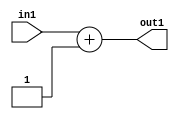
`timescale 1ps / 1ps
/*****************************************************************************
    Verilog RTL Description
    
    
    Created by: CellMath Designer 2019.1.01 
*******************************************************************************/

module fix2float_Add2i1s32_4_3 (
	in1,
	out1
	); /* architecture "behavioural" */ 
input [31:0] in1;
output [31:0] out1;
wire [31:0] asc001;

assign asc001 = 
	+(in1)
	+(32'B00000000000000000000000000000001);

assign out1 = asc001;
endmodule

/* CADENCE  ubPzTAo= : u9/ySgnWtBlWxVPRXgAZ4Og= ** DO NOT EDIT THIS LINE ******/